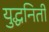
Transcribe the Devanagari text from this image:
युद्धनिती